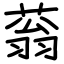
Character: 蓊